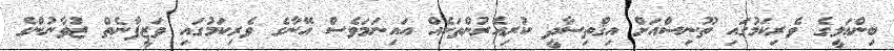
ބިންޢަލީގެ ވެރިކަމުގައި ތޫނިސްއަށް އިޤްތިސާދީ ކުރިއެރުންތަކެއް އައިނަމަވެސް އޭނާގެ ވެރިކަމުގައި ވަޒީފާނެތް ޒުވާނުންގެ